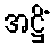
အဋ္ဌိံ